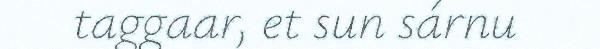
taggaar, et sun sárnu